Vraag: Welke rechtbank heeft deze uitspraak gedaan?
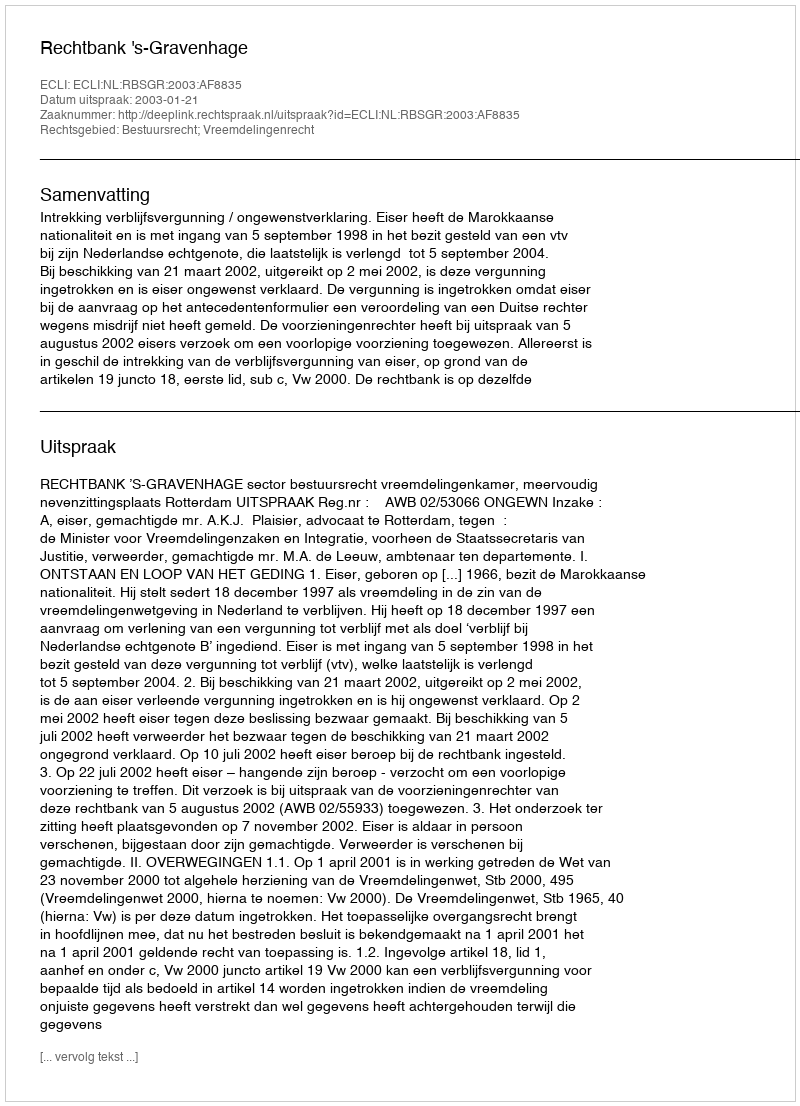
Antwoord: Rechtbank 's-Gravenhage